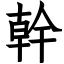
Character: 幹